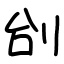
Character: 刣